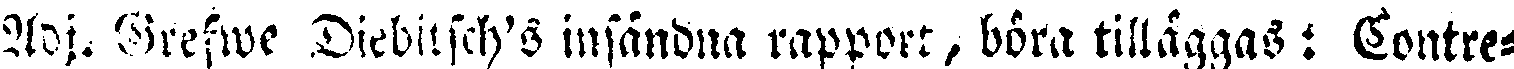
Adj. Grefwe Diebitsch's insändna rapport, böra tilläggas: Contre-